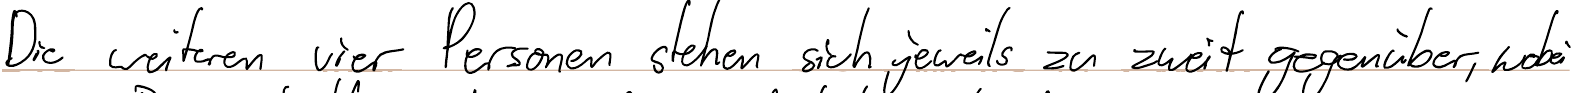
Die weiteren vier Personen stehen sich jeweils zu zweit gegenüber, wobei